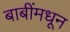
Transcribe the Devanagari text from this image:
बाबींमधून